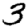
Digit: 3